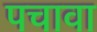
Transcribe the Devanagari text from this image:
पचावा